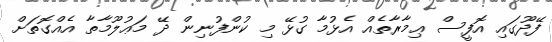
ފޭދޫގައި އޮފީސް ޢިމާރާާތެއް އެޅުމާ ގުޅޭ މި ކުންފުނިން ދޭ މަޢުލޫމާތާ އެއްގޮތަށް